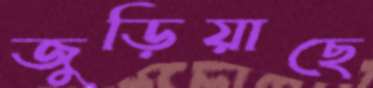
জুড়িয়াছে